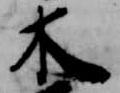
木